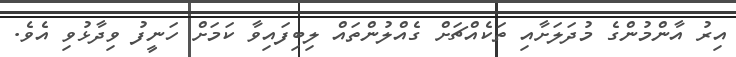
އިރު އާންމުންގެ މުދަލަށާއި ތަކެއްޗަށް ގެއްލުންތައް ލިބިފައިވާ ކަމަށް ހަނީފު ވިދާޅުވި އެވެ.